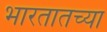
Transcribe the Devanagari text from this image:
भारतातच्या